Indian journal of veterinary science and animal husbandry - Volume 3,
Year: 1933
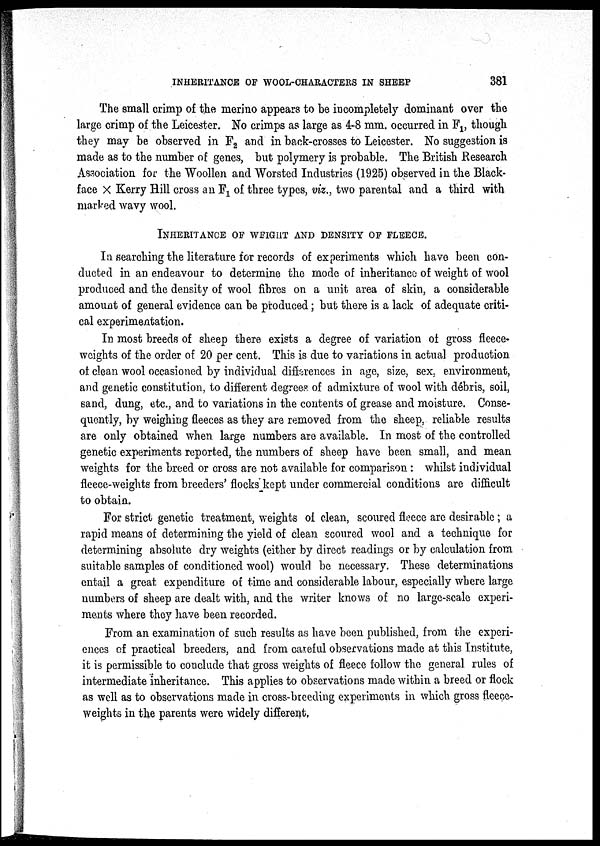
INHERITANCE OF WOOL-CHARACTERS IN SHEEP
381
The small crimp of the merino appears to be incompletely dominant over the
large crimp of the Leicester. No crimps as large as 4.8 mm. occurred in F 1 though
they may be observed in F 2 and in back-crosses to Leicester. No suggestion is
made as to the number of genes, but polymery is probable. The British Research
Association for the Woollen and Worsted Industries (1925) observed in the Black-
face × Kerry Hill cross an F 1 of three types, viz., two parental and a third with
marked wavy wool.
INHERITANCE OF WEIGHT AND DENSITY OF FLEECE.
In searching the literature for records of experiments which have been con-
ducted in an endeavour to determine the mode of inheritance of weight of wool
produced and the density of wool fibres on a unit area of skin, a considerable
amount of general evidence can be produced; but there is a lack of adequate criti-
cal experimentation.
In most breeds of sheep there exists a degree of variation of gross fleece-
weights of the order of 20 per cent. This is due to variations in actual production
of clean wool occasioned by individual differences in age, size, sex, environment,
and genetic constitution, to different degrees of admixture of wool with débris, soil,
sand, dung, etc., and to variations in the contents of grease and moisture. Conse-
quently, by weighing fleeces as they are removed from the sheep, reliable results
are only obtained when large numbers are available. In most of the controlled
genetic experiments reported, the numbers of sheep have been small, and mean
weights for the breed or cross are not available for comparison: whilst individual
fleece-weights from breeders' flocks kept under commercial conditions are difficult
to obtain.
For strict genetic treatment, weights of clean, scoured fleece are desirable ; a
rapid means of determining the yield of clean scoured wool and a technique for
determining absolute dry weights (either by direct readings or by calculation from
suitable samples of conditioned wool) would be necessary. These determinations
entail a great expenditure of time and considerable labour, especially where large
numbers of sheep are dealt with, and the writer knows of no large-scale experi-
ments where they have been recorded.
From an examination of such results as have been published, from the experi-
ences of practical breeders, and from careful observations made at this Institute,
it is permissible to conclude that gross weights of fleece follow the general rules of
intermediate inheritance. This applies to observations made within a breed or flock
as well as to observations made in cross-breeding experiments in which gross fleece-
weights in the parents were widely different.